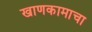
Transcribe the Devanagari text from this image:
खाणकामाचा